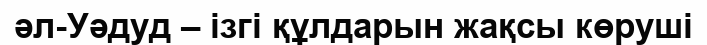
әл-Уәдуд – ізгі құлдарын жақсы көруші